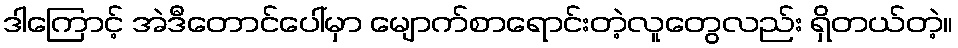
ဒါကြောင့် အဲဒီတောင်ပေါ်မှာ မျောက်စာရောင်းတဲ့လူတွေလည်း ရှိတယ်တဲ့။